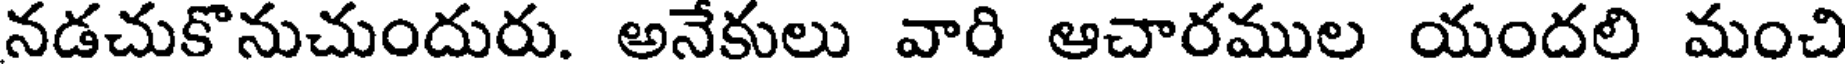
నడచుకొనుచుందురు. అనేకులు వారి ఆచారముల యందలి మంచి